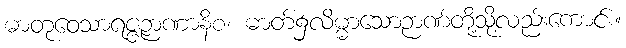
ဓာတုဝေသာရဇ္ဇဉာဏာနိစ၊ ဓာတ်၌လိမ္မာသောဉာဏ်တို့သို့လည်းကောင်း။